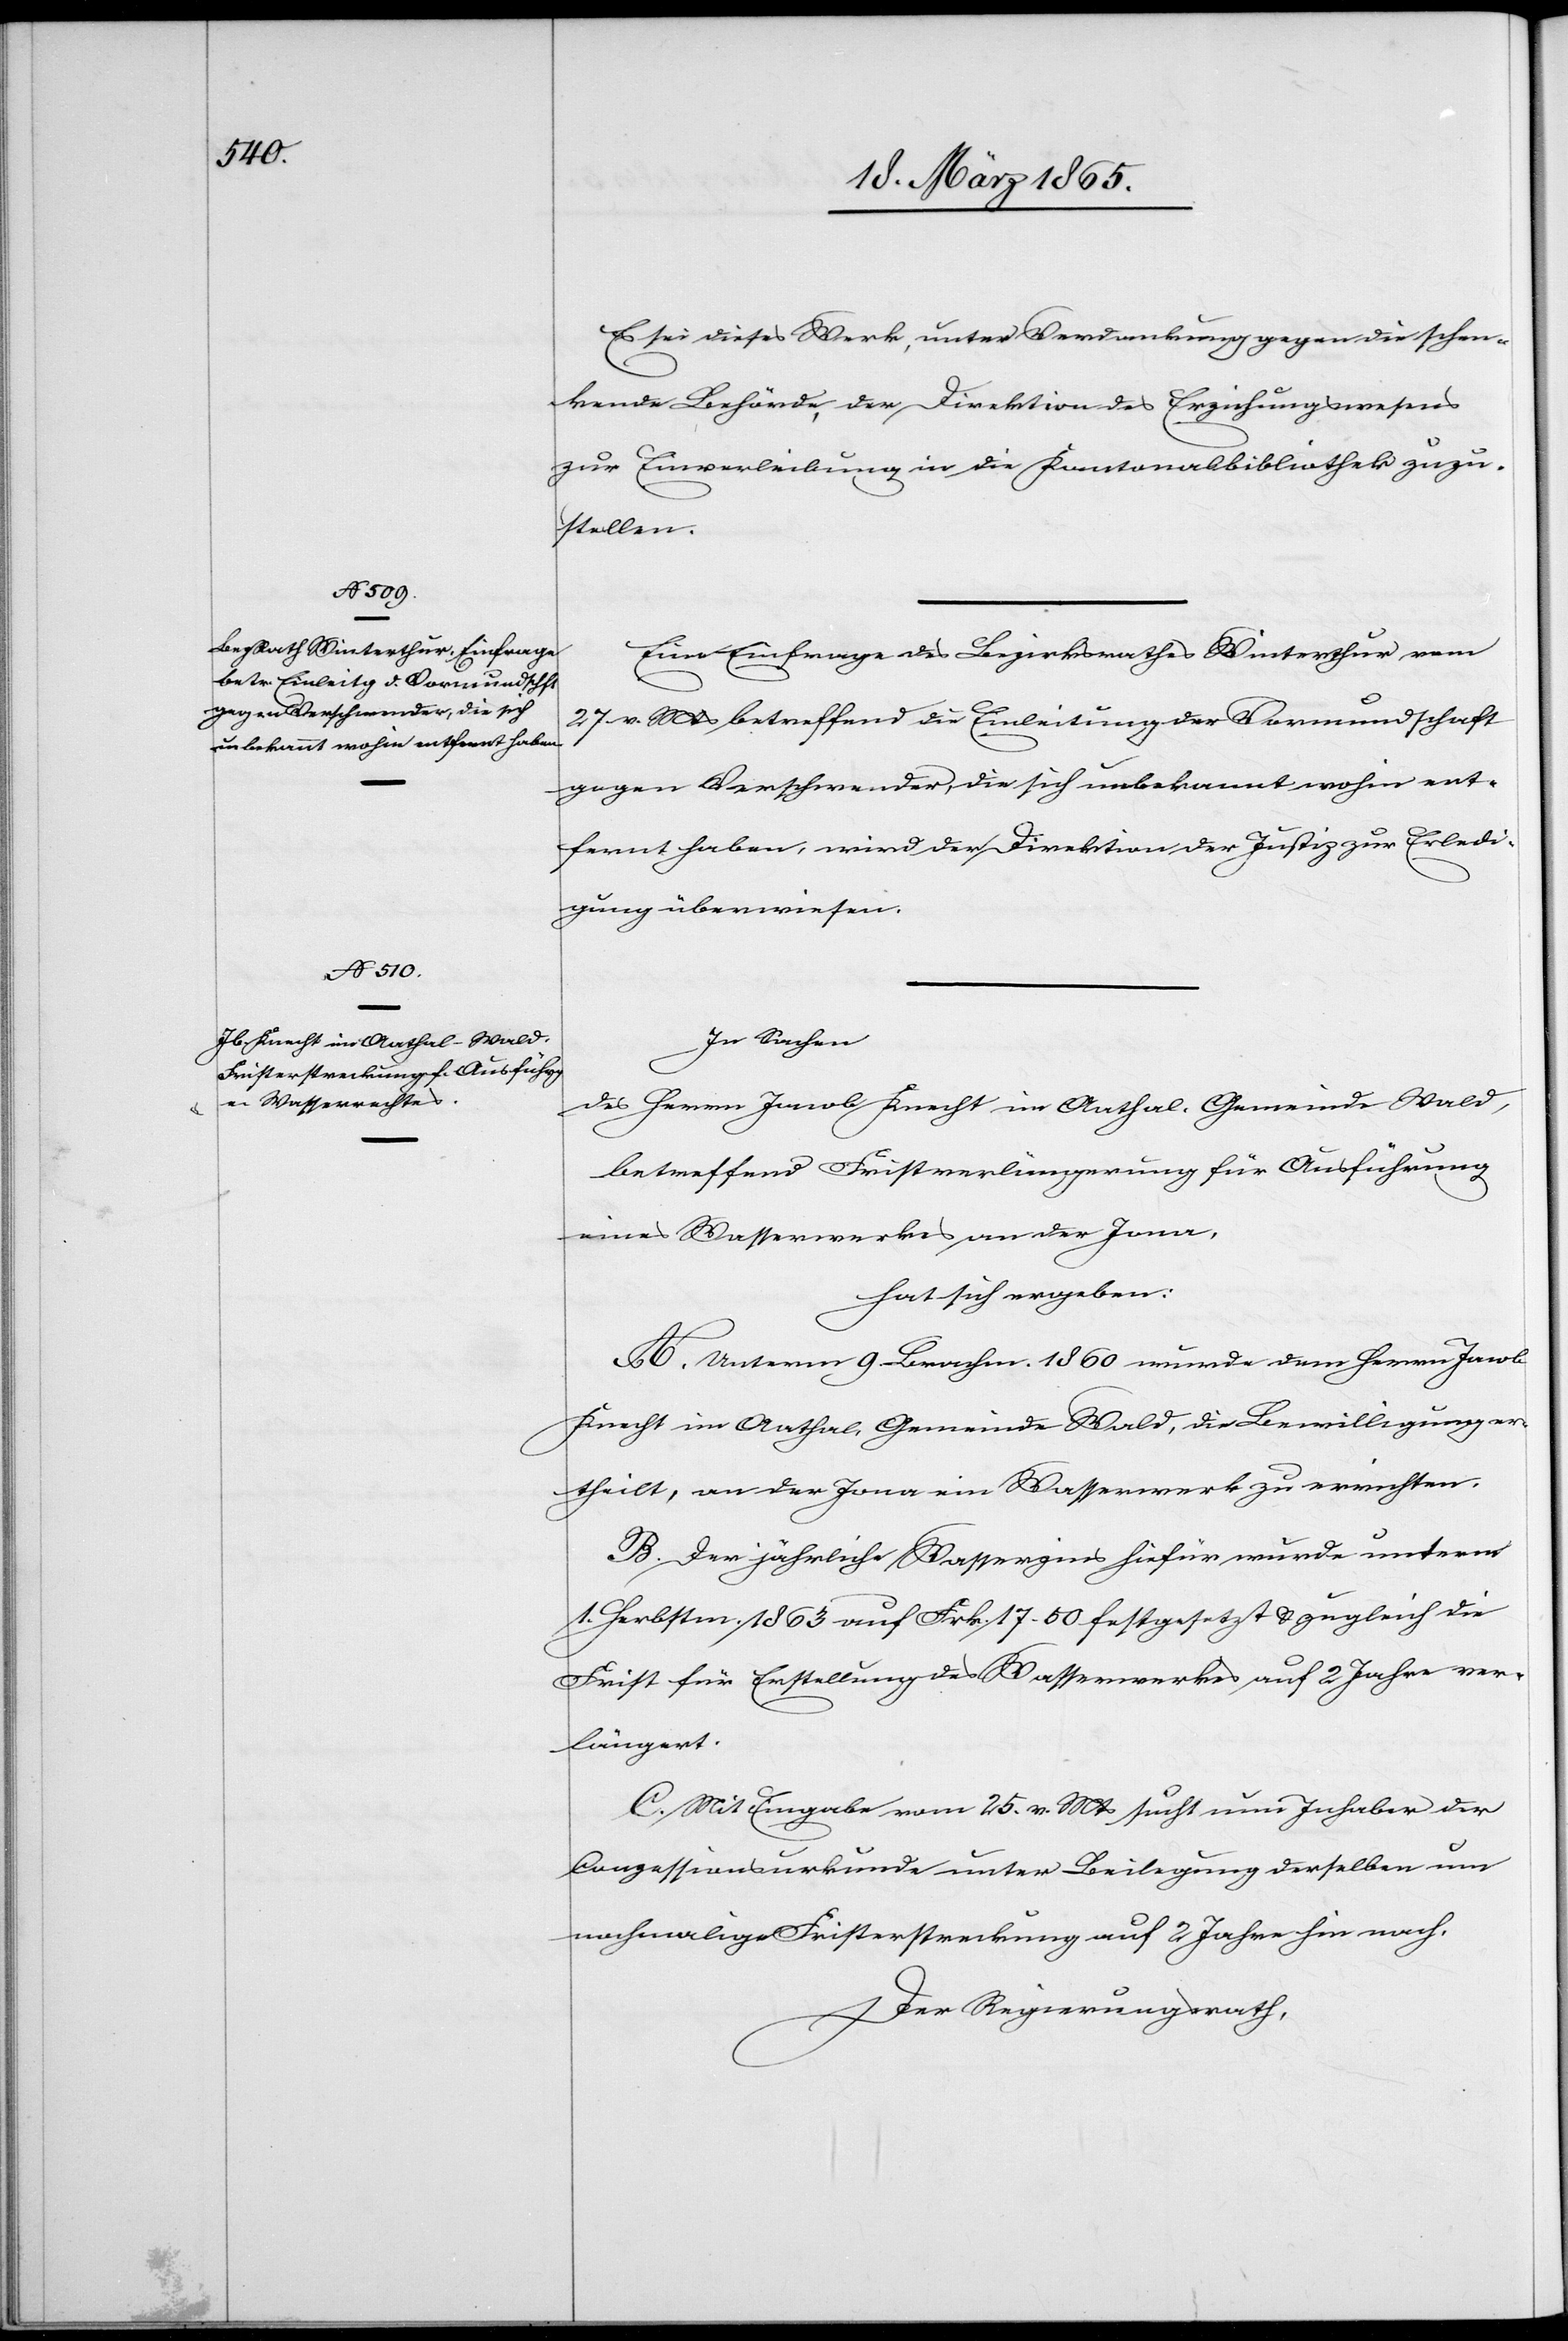
Es sei dieses Werk, unter Verdankung gegen die schen¬
kende Behörde, der Direktion des Erziehungswesens
zur Einverleibung in die Kantonalbibliothek zuzu¬
stellen.
Eine Einfrage des Bezirksrathes Winterthur vom
27 v. Mts betreffend die Einleitung der Vormundschaft
gegen Verschwender, die sich unbekannt wohin ent¬
fernt haben, wird der Direktion der Justiz zur Erledi¬
gung überwiesen.
In Sachen
des Herrn Jacob Knecht im Aathal, Gemeinde Wald,
betreffend Fristverlängerung für Ausführung
eines Wasserwerkes an der Jona,
hat sich ergeben:
A. Unterm 9. Brachm. 1860 wurde dem Herrn Jacob
Knecht im Aathal, Gemeinde Wald, die Bewilligung er¬
theilt, an der Jona ein Wasserwerk zu errichten.
B. Der jährliche Wasserzins hiefür wurde unterm
1. Herbstm. 1863 auf Frk. 17. 50 festgesetzt & zugleich die
Frist für Erstellung des Wasserwerkes auf 2 Jahre ver¬
längert.
C. Mit Eingabe vom 25. v. Mts sucht nun Inhaber der
Conzessionsurkunde unter Beilegung derselben um
nachmalige Fristerstreckung auf 2 Jahre hin nach.
Der Regierungsrath,